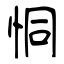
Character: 恫